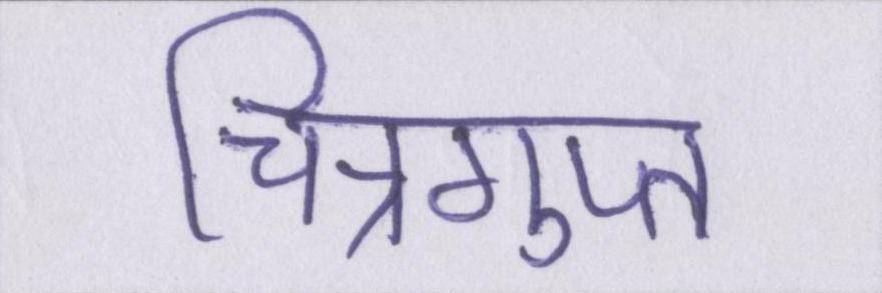
चित्रगुप्त